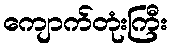
ကျောက်တုံးကြီး